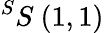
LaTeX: ^{S}S\ (1,1)